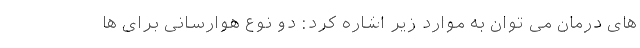
های درمان می توان به موارد زیر اشاره کرد: دو نوع هوارسانی برای ها